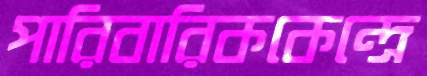
পারিবারিককেন্দ্রে